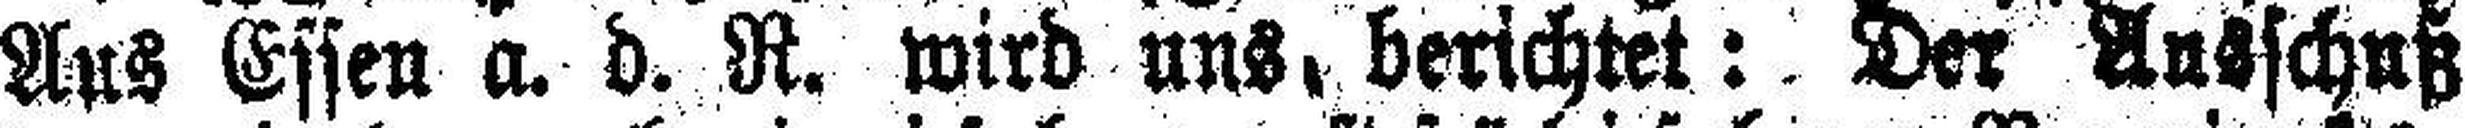
Aus Essen a. d. R. wird uns, berichtet: Der Ausschuß